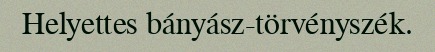
Helyettes bányász-törvényszék.